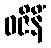
ဓဇိနိံ